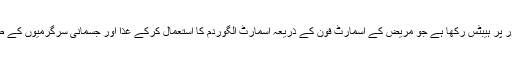
کمپنی نے تشخیص کے بعد دیکھ بھال کے لیے جو پروگرام بنایا ہے اس کا نام درست طور پر ہَیبِٹس رکھا ہے جو مریض کے اسمارٹ فون کے ذریعہ اسمارٹ الگورِدم کا استعمال کرکے غذا اور جسمانی سرگرمیوں کے طفیل جسم میں گلوکوز کی گھٹتی بڑھتی مقدار کی معلومات فوراََ مریض کو فراہم کرتا ہے۔